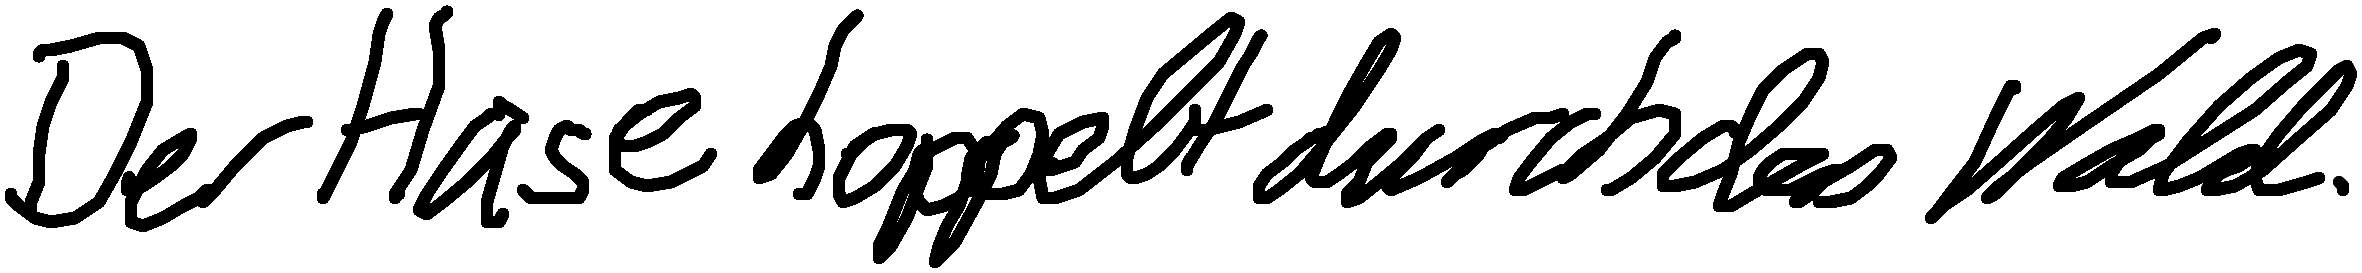
Der Hase hoppelt durch den Wald.